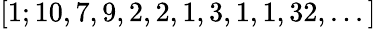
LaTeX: [1;10,7,9,2,2,1,3,1,1,32,...]